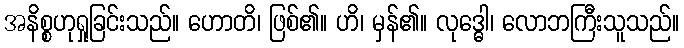
အနိစ္စဟုရှုခြင်းသည်။ ဟောတိ၊ ဖြစ်၏။ ဟိ၊ မှန်၏။ လုဒ္ဓေါ၊ လောဘကြီးသူသည်။